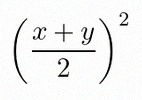
\left(\frac{x+y}{2}\right)^2